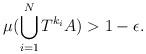
LaTeX: \begin{align*}\mu (\bigcup_{i=1}^N T^{k_i} A) > 1 - \epsilon . \end{align*}